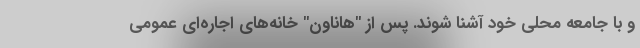
و با جامعه‌ محلی خود آشنا شوند. پس از "هاناون" خانه‌های اجاره‌ای عمومی